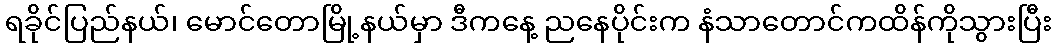
ရခိုင်ပြည်နယ်၊ မောင်တောမြို့နယ်မှာ ဒီကနေ့ ညနေပိုင်းက နံသာတောင်ကထိန်ကိုသွားပြီး